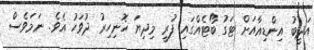
އަދީބު އިންޑިއާއަށް ޓަގު ބޯޓެއްގައި ފުރީ މިދިޔަ ހޮނިހިރު ދުވަހު އެވެ. ނަމަވެސް